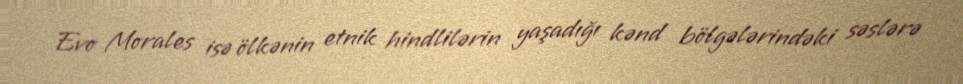
Evo Morales isə ölkənin etnik hindlilərin yaşadığı kənd bölgələrindəki səslərə